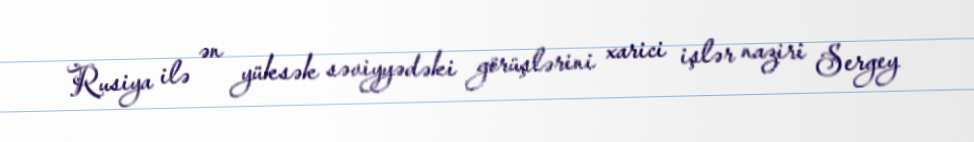
Rusiya ilə ən yüksək səviyyədəki görüşlərini xarici işlər naziri Sergey